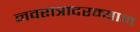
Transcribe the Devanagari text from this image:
नवरात्रादरम्यान